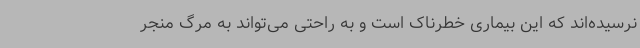
نرسیده‌اند که این بیماری خطرناک است و به راحتی می‌تواند به مرگ منجر